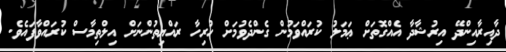
ދާއިރާއިންދޭ އިރުޝާދާ އެއްގޮތަށް ޢަމަލު ކުރައްވަމުން ގެންދެވުމަށް ހުރިހާ ރައްޔިތުންނަށް އިލްތިމާސް ކުރައްވާފައެވެ.